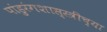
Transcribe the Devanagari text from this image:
पांडुरंगशास्स्त्रींच्या